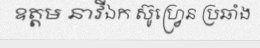
ឧត្តម នាវីឯក ស៊ូហ្វ្រេន ប្រឆាំង